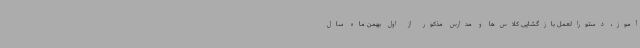
آموز، دستورالعمل بازگشایی کلاس‌ها و مدارس مذکور از اول بهمن ماه سال